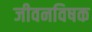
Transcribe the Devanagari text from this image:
जीवनविषक